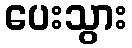
ပေးသွား